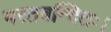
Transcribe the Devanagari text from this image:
भरतवन्दितः।